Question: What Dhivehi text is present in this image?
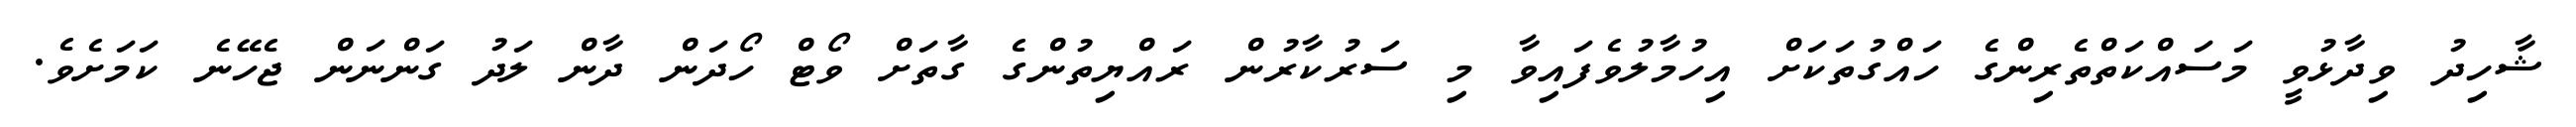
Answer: ޝާހިދު ވިދާޅުވީ މަސައްކަތްތެރިންގެ ހައްގުތަކަށް އިހުމާލުވެފައިވާ މި ސަރުކާރުން ރައްޔިތުންގެ ގާތަށް ވޯޓް ހޯދަން ދާން ލަދު ގަންނަން ޖެހޭނެ ކަމަށެވެ.